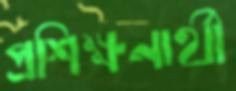
প্রশিক্ষনার্থী